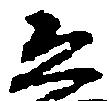
恐